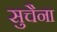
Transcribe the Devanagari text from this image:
सुचैना